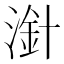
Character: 𣻁